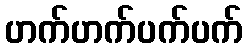
ဟက်ဟက်ပက်ပက်